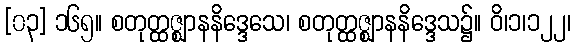
[၀၃] ၁၆၅။ စတုတ္ထဇ္ဈာနနိဒ္ဒေသေ၊ စတုတ္ထဇ္ဈာနနိဒ္ဒေသ၌။ ဝိ၊၁၊၁၂၂၊